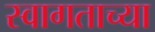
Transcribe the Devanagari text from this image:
स्वागताच्या